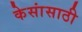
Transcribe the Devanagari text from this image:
केसांसाठी